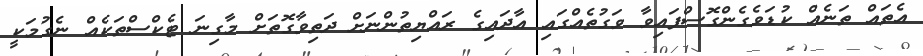
އެތައް ތަނެއް ކުޑަވެގެންގޮސްފައިވާ ވަގުތެއްގައި އާދައިގެ ރައްޔިތުންނަށް ދަތިވާގޮތަށް މާގިނަ ޓެކްސްތަކެއް ނެގުމަކީ